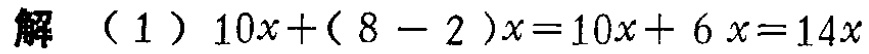
解 （1） \(10x+(8 - 2)x=10x + 6x=14x\)